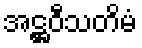
အဋ္ဌဝီသတိမံ